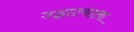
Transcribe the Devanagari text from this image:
उद्घाटनाला